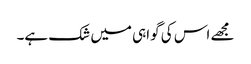
مجھے اس کی گواہی میں شک ہے۔